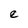
Character: e